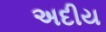
અદીય